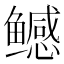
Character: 鳡